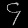
Digit: ၄